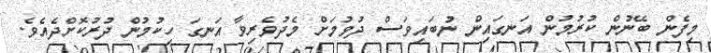
މިފެން ބޭނުން ކުރުމުން އަނގައިން ނުބައިވަސް ދުވުމަށް މެދުވެރިވާ އަނގަ ހިކުމުން ދުރުކޮށްދެއެވެ.